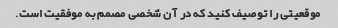
موقعیتی را توصیف کنید که در آن شخصی مصمم به موفقیت است.